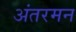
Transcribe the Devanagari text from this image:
अंतरमन